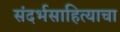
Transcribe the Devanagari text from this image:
संदर्भसाहित्याचा